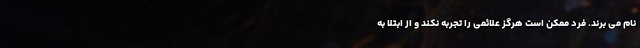
نام می برند. فرد ممکن است هرگز علائمی را تجربه نکند و از ابتلا به